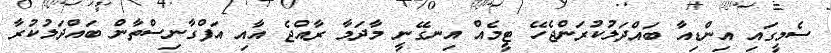
ސެމީގައި އިންޑިއާ ބައްދަލުކުރަންޖެހޭ ޓީމެއް އިނގޭނީ މާދަމާ ރާއްޖެ އާއި އަފްގާނިސްތާން ބައްދަލުކުރާ